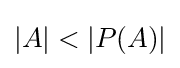
|A|<|P(A)|